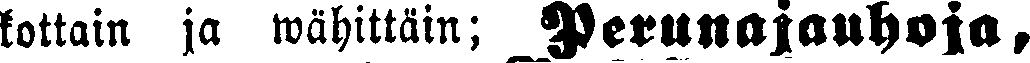
kottain ja wähittäin; Perunajauhoja,